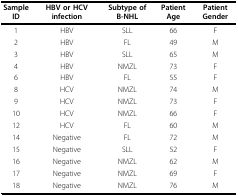
<table><thead><tr><td><b>Sample ID</b></td><td><b>HBV or HCV infection</b></td><td><b>Subtype of B-NHL</b></td><td><b>Patient Age</b></td><td><b>Patient Gender</b></td></tr></thead><tbody><tr><td>1</td><td>HBV</td><td>SLL</td><td>66</td><td>F</td></tr><tr><td>2</td><td>HBV</td><td>FL</td><td>49</td><td>M</td></tr><tr><td>3</td><td>HBV</td><td>SLL</td><td>65</td><td>M</td></tr><tr><td>4</td><td>HBV</td><td>NMZL</td><td>73</td><td>F</td></tr><tr><td>6</td><td>HBV</td><td>FL</td><td>55</td><td>F</td></tr><tr><td>8</td><td>HCV</td><td>NMZL</td><td>74</td><td>M</td></tr><tr><td>9</td><td>HCV</td><td>NMZL</td><td>73</td><td>F</td></tr><tr><td>10</td><td>HCV</td><td>NMZL</td><td>66</td><td>F</td></tr><tr><td>12</td><td>HCV</td><td>FL</td><td>60</td><td>M</td></tr><tr><td>14</td><td>Negative</td><td>FL</td><td>72</td><td>M</td></tr><tr><td>15</td><td>Negative</td><td>SLL</td><td>52</td><td>F</td></tr><tr><td>16</td><td>Negative</td><td>NMZL</td><td>62</td><td>M</td></tr><tr><td>17</td><td>Negative</td><td>NMZL</td><td>69</td><td>F</td></tr><tr><td>18</td><td>Negative</td><td>NMZL</td><td>76</td><td>M</td></tr></tbody></table>